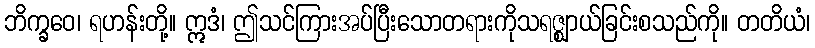
ဘိက္ခဝေ၊ ရဟန်းတို့။ ဣဒံ၊ ဤသင်ကြားအပ်ပြီးသောတရားကိုသရဇ္ဈာယ်ခြင်းစသည်ကို။ တတိယံ၊